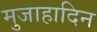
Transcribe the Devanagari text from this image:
मुजाहादिन